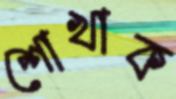
শোখাক